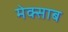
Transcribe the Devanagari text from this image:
मेक्साब